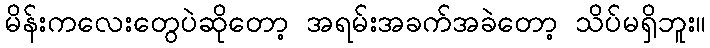
မိန်းကလေးတွေပဲဆိုတော့ အရမ်းအခက်အခဲတော့ သိပ်မရှိဘူး။